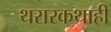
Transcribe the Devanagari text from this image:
थरारकथाही